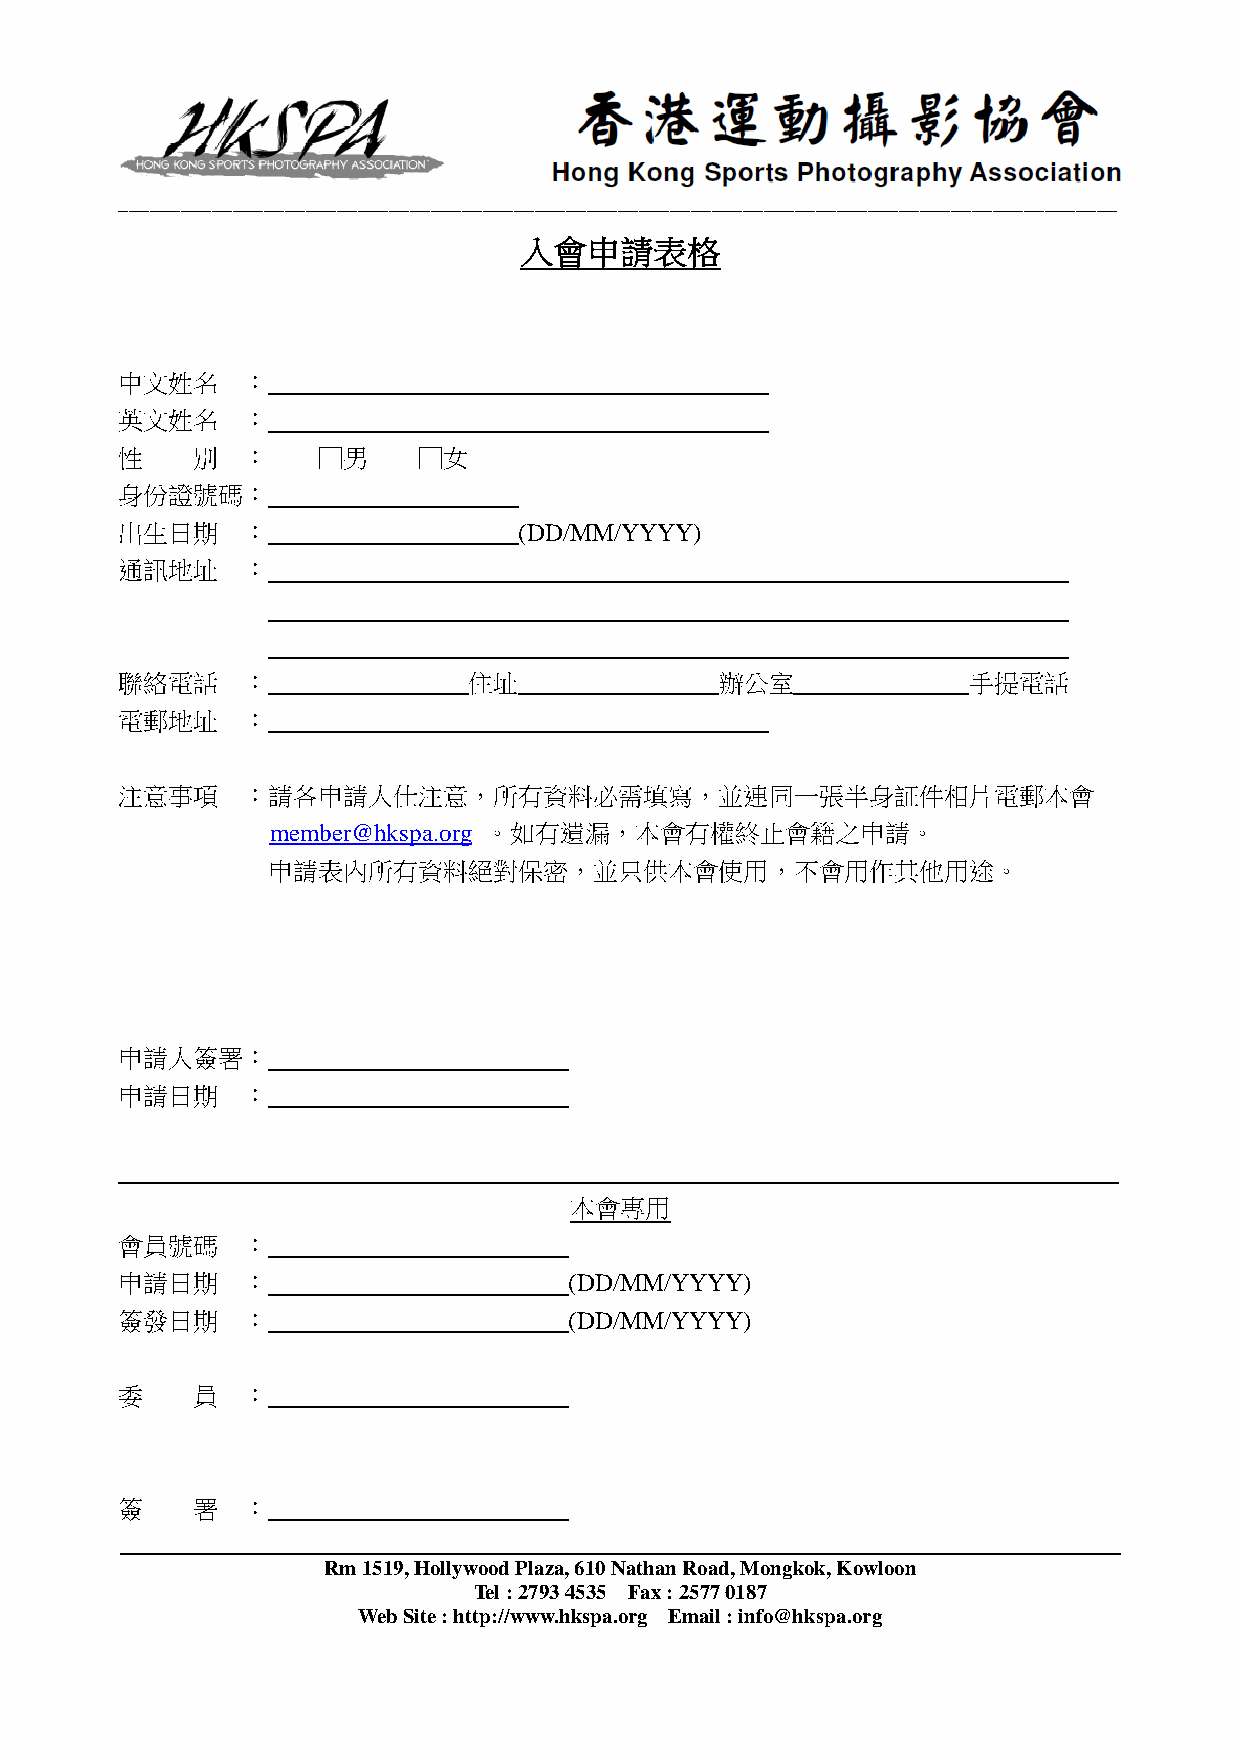
________________________________________________________________________________________________
 入會申請表格
 中文姓名    ：
 英文姓名    ：
 性    別  ：    □男     □女
 身份證號碼：
 出生日期    ：                 (DD/MM/YYYY)
 通訊地址    ：
 聯絡電話    ：              住址               辦公室             手提電話
 電郵地址    ：
 注意事項    ：請各申請人仕注意，所有資料必需填寫，並連同一張半身証件相片電郵本會
 member@hkspa.org 。如有遺漏，本會有權終止會籍之申請。
 申請表內所有資料絕對保密，並只供本會使用，不會用作其他用途。
 申請人簽署：
 申請日期    ：
 本會專用
 會員號碼    ：
 申請日期    ：                     (DD/MM/YYYY)
 簽發日期    ：                     (DD/MM/YYYY)
 委    員  ：
 簽    署  ：
 Rm 1519, Hollywood Plaza, 610 Nathan Road, Mongkok, Kowloon
 Tel : 2793 4535 Fax : 2577 0187
 Web Site : http://www.hkspa.org Email : info@hkspa.org